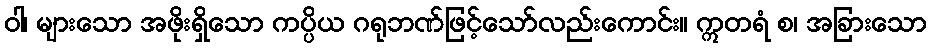
ဝါ၊ များသော အဖိုးရှိသော ကပ္ပိယ ဂရုဘဏ်ဖြင့်သော်လည်းကောင်း။ ဣတရံ စ၊ အခြားသော